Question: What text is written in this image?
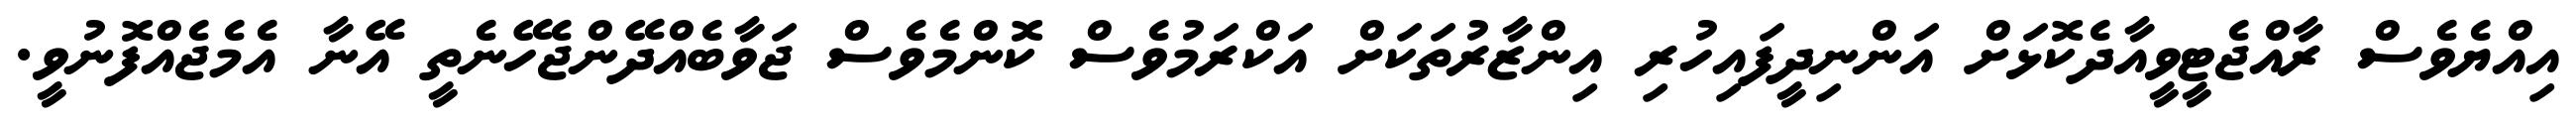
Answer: އިއްޔެވެސް ރާއްޖެޓީވީއާދެކޮޅަށް އަންނިދީފައިހުރި އިންޒާރުތަކަށް އަކްރަމުވެސް ކޮންމެވެސް ޖަވާބެއްދޭންޖެހޭނެތީ އޭނާ އެމެޖެއްފޮނުވީ.